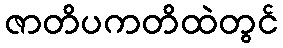
ဇာတိပကတိထဲတွင်